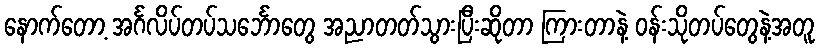
နောက်တော့ အင်္ဂလိပ်တပ်သင်္ဘောတွေ အညာတတ်သွားပြီးဆိုတာ ကြားတာနဲ့ ဝန်းသိုတပ်တွေနဲ့အတူ